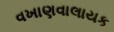
વખાણવાલાયક